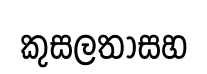
කුසලතාසහ